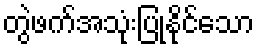
တွဲဖက်အသုံးပြုနိုင်သော